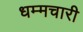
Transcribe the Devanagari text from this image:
धम्मचारी